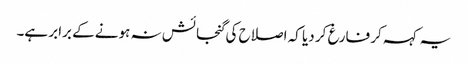
یہ کہہ کر فارغ کر دیا کہ اصلاح کی گنجائش نہ ہونے کے برابر ہے۔